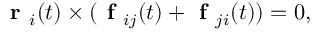
\textbf { r } _ { i } ( t ) \times ( \textbf { f } _ { i j } ( t ) + \textbf { f } _ { j i } ( t ) ) = 0 ,